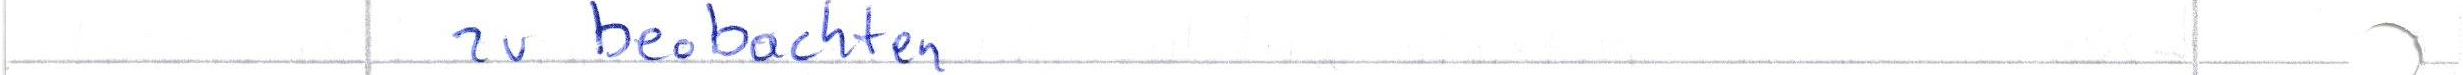
zu beobachten